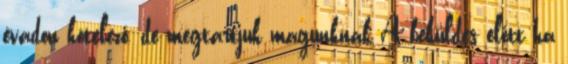
évadon kötelező, de megtartjuk magunknak A beküldés előtt ha